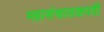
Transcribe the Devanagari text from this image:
महासंचालकपदी